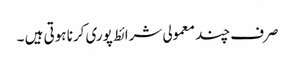
صرف چند معمولی شرائط پوری کرنا ہوتی ہیں ۔